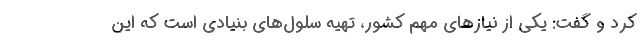
كرد و گفت: یكی از نیازهای مهم كشور، تهیه سلول‌های بنیادی است كه این